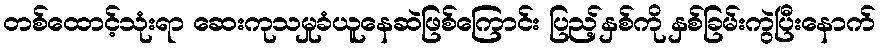
တစ်ထောင့်သုံးရာ ဆေးကုသမှုခံယူနေဆဲဖြစ်ကြောင်း ပြည့်နှစ်ကို နှစ်ခြမ်းကွဲပြီးနောက်